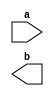
`timescale 1ns / 1ps
//////////////////////////////////////////////////////////////////////////////////
// Company: 
// Engineer: 
// 
// Design Name: 
// Module Name: main
// Project Name: 
// Target Devices: 
// Tool Versions: 
// Description: 
// 
// Dependencies: 
// 
// Revision:
// Revision 0.01 - File Created
// Additional Comments:
// 
//////////////////////////////////////////////////////////////////////////////////


module main(
input a,
output b
    );
endmodule